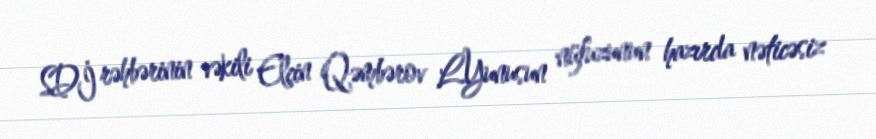
SDİ rəhbərinin vəkili Elçin Qəmbərov L.Yunusun nüfuzunun hazırda nəticəsiz